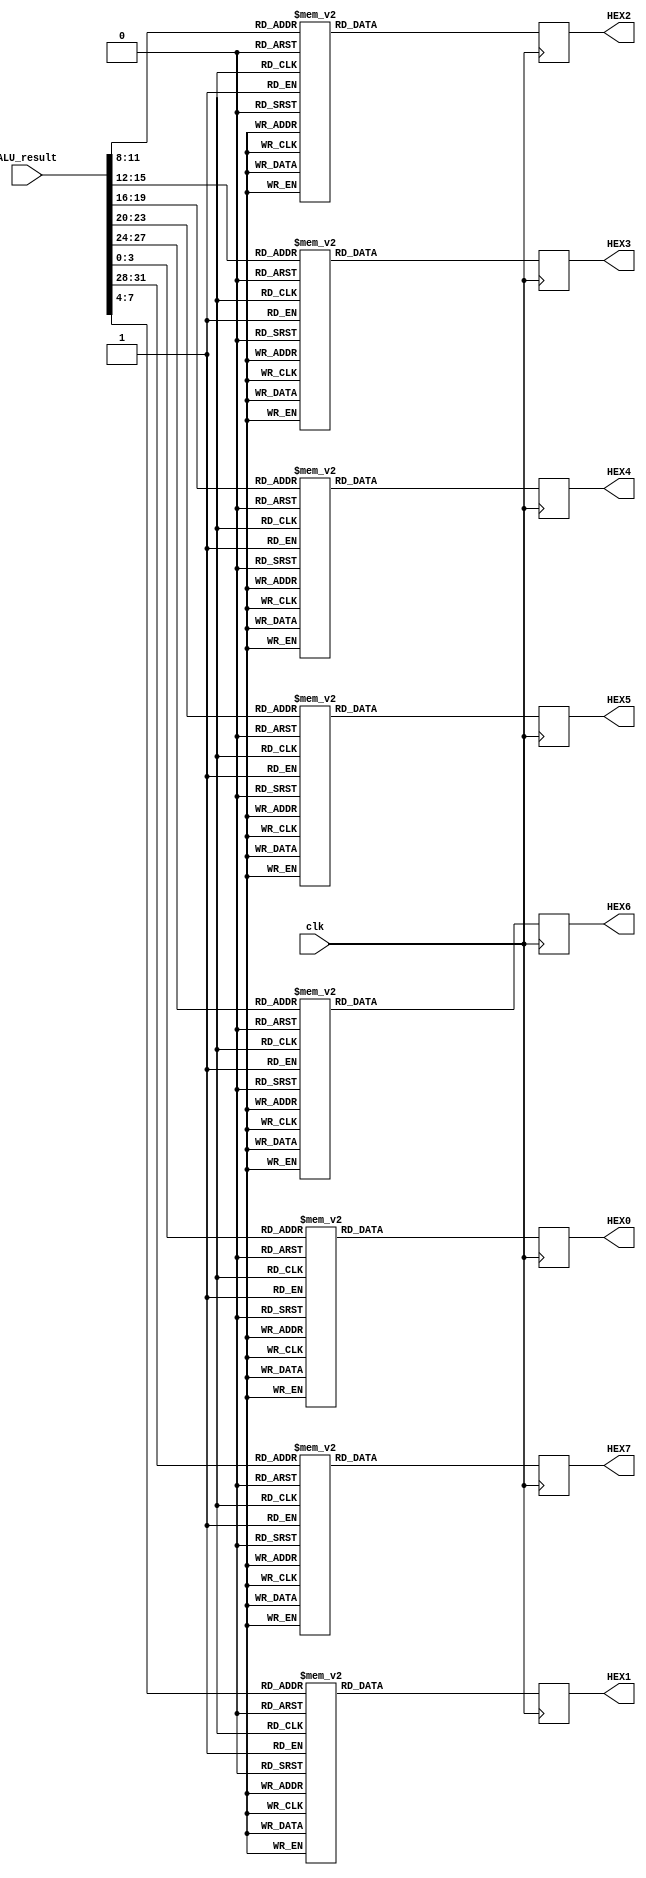
module segment7(
input clk,
input[31:0] ALU_result,
output  [6:0]		HEX0,
output [6:0]		HEX1,
output [6:0]		HEX2,
output [6:0]		HEX3,
output [6:0]		HEX4,  	
output [6:0]		HEX5,	
output [6:0]		HEX6,
output [6:0]	HEX7	

);

always @(posedge clk)
   begin
	case(ALU_result[3:0])
	4'b0001: HEX0 <= 7'b1001111;	/* Symbol "1" */
	4'b0000: HEX0 <= 7'b0000001;	/* Symbol "0" */
	4'b0010: HEX0 <= 7'b0010010;	/* Symbol "2" */
	4'b0011: HEX0 <= 7'b0000110;	/* Symbol "3" */
	4'b0100: HEX0 <= 7'b1001100;	/* Symbol "4" */
	4'b0101: HEX0 <= 7'b0100100;	/* Symbol "5" */
	4'b0110: HEX0 <= 7'b0100000;	/* Symbol "6" */
	4'b0111: HEX0 <= 7'b0001111;	/* Symbol "7" */
	4'b1000: HEX0 <= 7'b0000000;	/* Symbol "8" */
	4'b1001: HEX0 <= 7'b0001100;	/* Symbol "9" */
	4'b1010: HEX0 <= 7'b0001000;	/* Symbol "A" */
	4'b1011: HEX0 <= 7'b1100000;	/* Symbol "b" */
	4'b1100: HEX0 <= 7'b0110001;	/* Symbol "C" */
	4'b1101: HEX0 <= 7'b1000010;	/* Symbol "d" */
	4'b1110: HEX0 <= 7'b0110000;	/* Symbol "E" */
	4'b1111: HEX0 <= 7'b0111000;	/* Symbol "F" */
	endcase
	
	case(ALU_result[7:4])
	4'b0000: HEX1 <= 7'b0000001;	/* Symbol "0" */
	4'b0001: HEX1 <= 7'b1001111;	/* Symbol "1" */
	4'b0010: HEX1 <= 7'b0010010;	/* Symbol "2" */
	4'b0011: HEX1 <= 7'b0000110;	/* Symbol "3" */
	4'b0100: HEX1 <= 7'b1001100;	/* Symbol "4" */
	4'b0101: HEX1 <= 7'b0100100;	/* Symbol "5" */
	4'b0110: HEX1 <= 7'b0100000;	/* Symbol "6" */
	4'b0111: HEX1 <= 7'b0001111;	/* Symbol "7" */
	4'b1000: HEX1 <= 7'b0000000;	/* Symbol "8" */
	4'b1001: HEX1 <= 7'b0001100;	/* Symbol "9" */
	4'b1010: HEX1 <= 7'b0001000;	/* Symbol "A" */
	4'b1011: HEX1 <= 7'b1100000;	/* Symbol "b" */
	4'b1100: HEX1 <= 7'b0110001;	/* Symbol "C" */
	4'b1101: HEX1 <= 7'b1000010;	/* Symbol "d" */
	4'b1110: HEX1 <= 7'b0110000;	/* Symbol "E" */
	4'b1111: HEX1 <= 7'b0111000;	/* Symbol "F" */
	endcase
	
	case(ALU_result[11:8])
	4'b0000: HEX2 <= 7'b0000001;	/* Symbol "0" */
	4'b0001: HEX2 <= 7'b1001111;	/* Symbol "1" */
	4'b0010: HEX2 <= 7'b0010010;	/* Symbol "2" */
	4'b0011: HEX2 <= 7'b0000110;	/* Symbol "3" */
	4'b0100: HEX2 <= 7'b1001100;	/* Symbol "4" */
	4'b0101: HEX2 <= 7'b0100100;	/* Symbol "5" */
	4'b0110: HEX2 <= 7'b0100000;	/* Symbol "6" */
	4'b0111: HEX2 <= 7'b0001111;	/* Symbol "7" */
	4'b1000: HEX2 <= 7'b0000000;	/* Symbol "8" */
	4'b1001: HEX2 <= 7'b0001100;	/* Symbol "9" */
	4'b1010: HEX2 <= 7'b0001000;	/* Symbol "A" */
	4'b1011: HEX2 <= 7'b1100000;	/* Symbol "b" */
	4'b1100: HEX2 <= 7'b0110001;	/* Symbol "C" */
	4'b1101: HEX2 <= 7'b1000010;	/* Symbol "d" */
	4'b1110: HEX2 <= 7'b0110000;	/* Symbol "E" */
	4'b1111: HEX2 <= 7'b0111000;	/* Symbol "F" */
	endcase
	
	case(ALU_result[15:12]) 
	4'b0000: HEX3 <= 7'b0000001;	/* Symbol "0" */
	4'b0001: HEX3 <= 7'b1001111;	/* Symbol "1" */
	4'b0010: HEX3 <= 7'b0010010;	/* Symbol "2" */
	4'b0011: HEX3 <= 7'b0000110;	/* Symbol "3" */
	4'b0100: HEX3 <= 7'b1001100;	/* Symbol "4" */
	4'b0101: HEX3 <= 7'b0100100;	/* Symbol "5" */
	4'b0110: HEX3 <= 7'b0100000;	/* Symbol "6" */
	4'b0111: HEX3 <= 7'b0001111;	/* Symbol "7" */
	4'b1000: HEX3 <= 7'b0000000;	/* Symbol "8" */
	4'b1001: HEX3 <= 7'b0001100;	/* Symbol "9" */
	4'b1010: HEX3 <= 7'b0001000;	/* Symbol "A" */
	4'b1011: HEX3 <= 7'b1100000;	/* Symbol "b" */
	4'b1100: HEX3 <= 7'b0110001;	/* Symbol "C" */
	4'b1101: HEX3 <= 7'b1000010;	/* Symbol "d" */
	4'b1110: HEX3 <= 7'b0110000;	/* Symbol "E" */
	4'b1111: HEX3 <= 7'b0111000;	/* Symbol "F" */
	endcase
	
	case(ALU_result[19:16])
	4'b0000: HEX4 <= 7'b0000001;	/* Symbol "0" */
	4'b0001: HEX4 <= 7'b1001111;	/* Symbol "1" */
	4'b0010: HEX4 <= 7'b0010010;	/* Symbol "2" */
	4'b0011: HEX4 <= 7'b0000110;	/* Symbol "3" */
	4'b0100: HEX4 <= 7'b1001100;	/* Symbol "4" */
	4'b0101: HEX4 <= 7'b0100100;	/* Symbol "5" */
	4'b0110: HEX4 <= 7'b0100000;	/* Symbol "6" */
	4'b0111: HEX4 <= 7'b0001111;	/* Symbol "7" */
	4'b1000: HEX4 <= 7'b0000000;	/* Symbol "8" */
	4'b1001: HEX4 <= 7'b0001100;	/* Symbol "9" */
	4'b1010: HEX4 <= 7'b0001000;	/* Symbol "A" */
	4'b1011: HEX4 <= 7'b1100000;	/* Symbol "b" */
	4'b1100: HEX4 <= 7'b0110001;	/* Symbol "C" */
	4'b1101: HEX4 <= 7'b1000010;	/* Symbol "d" */
	4'b1110: HEX4 <= 7'b0110000;	/* Symbol "E" */
	4'b1111: HEX4 <= 7'b0111000;	/* Symbol "F" */
	endcase
	
	case(ALU_result[23:20])
	4'b0000: HEX5 <= 7'b0000001;	/* Symbol "0" */
	4'b0001: HEX5 <= 7'b1001111;	/* Symbol "1" */
	4'b0010: HEX5 <= 7'b0010010;	/* Symbol "2" */
	4'b0011: HEX5 <= 7'b0000110;	/* Symbol "3" */
	4'b0100: HEX5 <= 7'b1001100;	/* Symbol "4" */
	4'b0101: HEX5 <= 7'b0100100;	/* Symbol "5" */
	4'b0110: HEX5 <= 7'b0100000;	/* Symbol "6" */
	4'b0111: HEX5 <= 7'b0001111;	/* Symbol "7" */
	4'b1000: HEX5 <= 7'b0000000;	/* Symbol "8" */
	4'b1001: HEX5 <= 7'b0001100;	/* Symbol "9" */
	4'b1010: HEX5 <= 7'b0001000;	/* Symbol "A" */
	4'b1011: HEX5 <= 7'b1100000;	/* Symbol "b" */
	4'b1100: HEX5 <= 7'b0110001;	/* Symbol "C" */
	4'b1101: HEX5 <= 7'b1000010;	/* Symbol "d" */
	4'b1110: HEX5 <= 7'b0110000;	/* Symbol "E" */
	4'b1111: HEX5 <= 7'b0111000;	/* Symbol "F" */
	endcase
	
	case(ALU_result[27:24]) 
	4'b0000: HEX6 <= 7'b0000001;	/* Symbol "0" */
	4'b0001: HEX6 <= 7'b1001111;	/* Symbol "1" */
	4'b0010: HEX6 <= 7'b0010010;	/* Symbol "2" */
	4'b0011: HEX6 <= 7'b0000110;	/* Symbol "3" */
	4'b0100: HEX6 <= 7'b1001100;	/* Symbol "4" */
	4'b0101: HEX6 <= 7'b0100100;	/* Symbol "5" */
	4'b0110: HEX6 <= 7'b0100000;	/* Symbol "6" */
	4'b0111: HEX6 <= 7'b0001111;	/* Symbol "7" */
	4'b1000: HEX6 <= 7'b0000000;	/* Symbol "8" */
	4'b1001: HEX6 <= 7'b0001100;	/* Symbol "9" */
	4'b1010: HEX6 <= 7'b0001000;	/* Symbol "A" */
	4'b1011: HEX6 <= 7'b1100000;	/* Symbol "b" */
	4'b1100: HEX6 <= 7'b0110001;	/* Symbol "C" */
	4'b1101: HEX6 <= 7'b1000010;	/* Symbol "d" */
	4'b1110: HEX6 <= 7'b0110000;	/* Symbol "E" */
	4'b1111: HEX6 <= 7'b0111000;	/* Symbol "F" */
	endcase
	
	case(ALU_result[31:28]) 
	4'b0000: HEX7 <= 7'b0000001;	/* Symbol "0" */
	4'b0001: HEX7 <= 7'b1001111;	/* Symbol "1" */
	4'b0010: HEX7 <= 7'b0010010;	/* Symbol "2" */
	4'b0011: HEX7 <= 7'b0000110;	/* Symbol "3" */
	4'b0100: HEX7 <= 7'b1001100;	/* Symbol "4" */
	4'b0101: HEX7 <= 7'b0100100;	/* Symbol "5" */
	4'b0110: HEX7 <= 7'b0100000;	/* Symbol "6" */
	4'b0111: HEX7 <= 7'b0001111;	/* Symbol "7" */
	4'b1000: HEX7 <= 7'b0000000;	/* Symbol "8" */
	4'b1001: HEX7 <= 7'b0001100;	/* Symbol "9" */
	4'b1010: HEX7 <= 7'b0001000;	/* Symbol "A" */
	4'b1011: HEX7 <= 7'b1100000;	/* Symbol "b" */
	4'b1100: HEX7 <= 7'b0110001;	/* Symbol "C" */
	4'b1101: HEX7 <= 7'b1000010;	/* Symbol "d" */
	4'b1110: HEX7 <= 7'b0110000;	/* Symbol "E" */
	4'b1111: HEX7 <= 7'b0111000;	/* Symbol "F" */
	endcase
   end
	endmodule